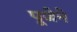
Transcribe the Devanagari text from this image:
पूजेने